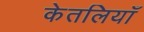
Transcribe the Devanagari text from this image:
केतलियाँ